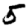
Digit: 5